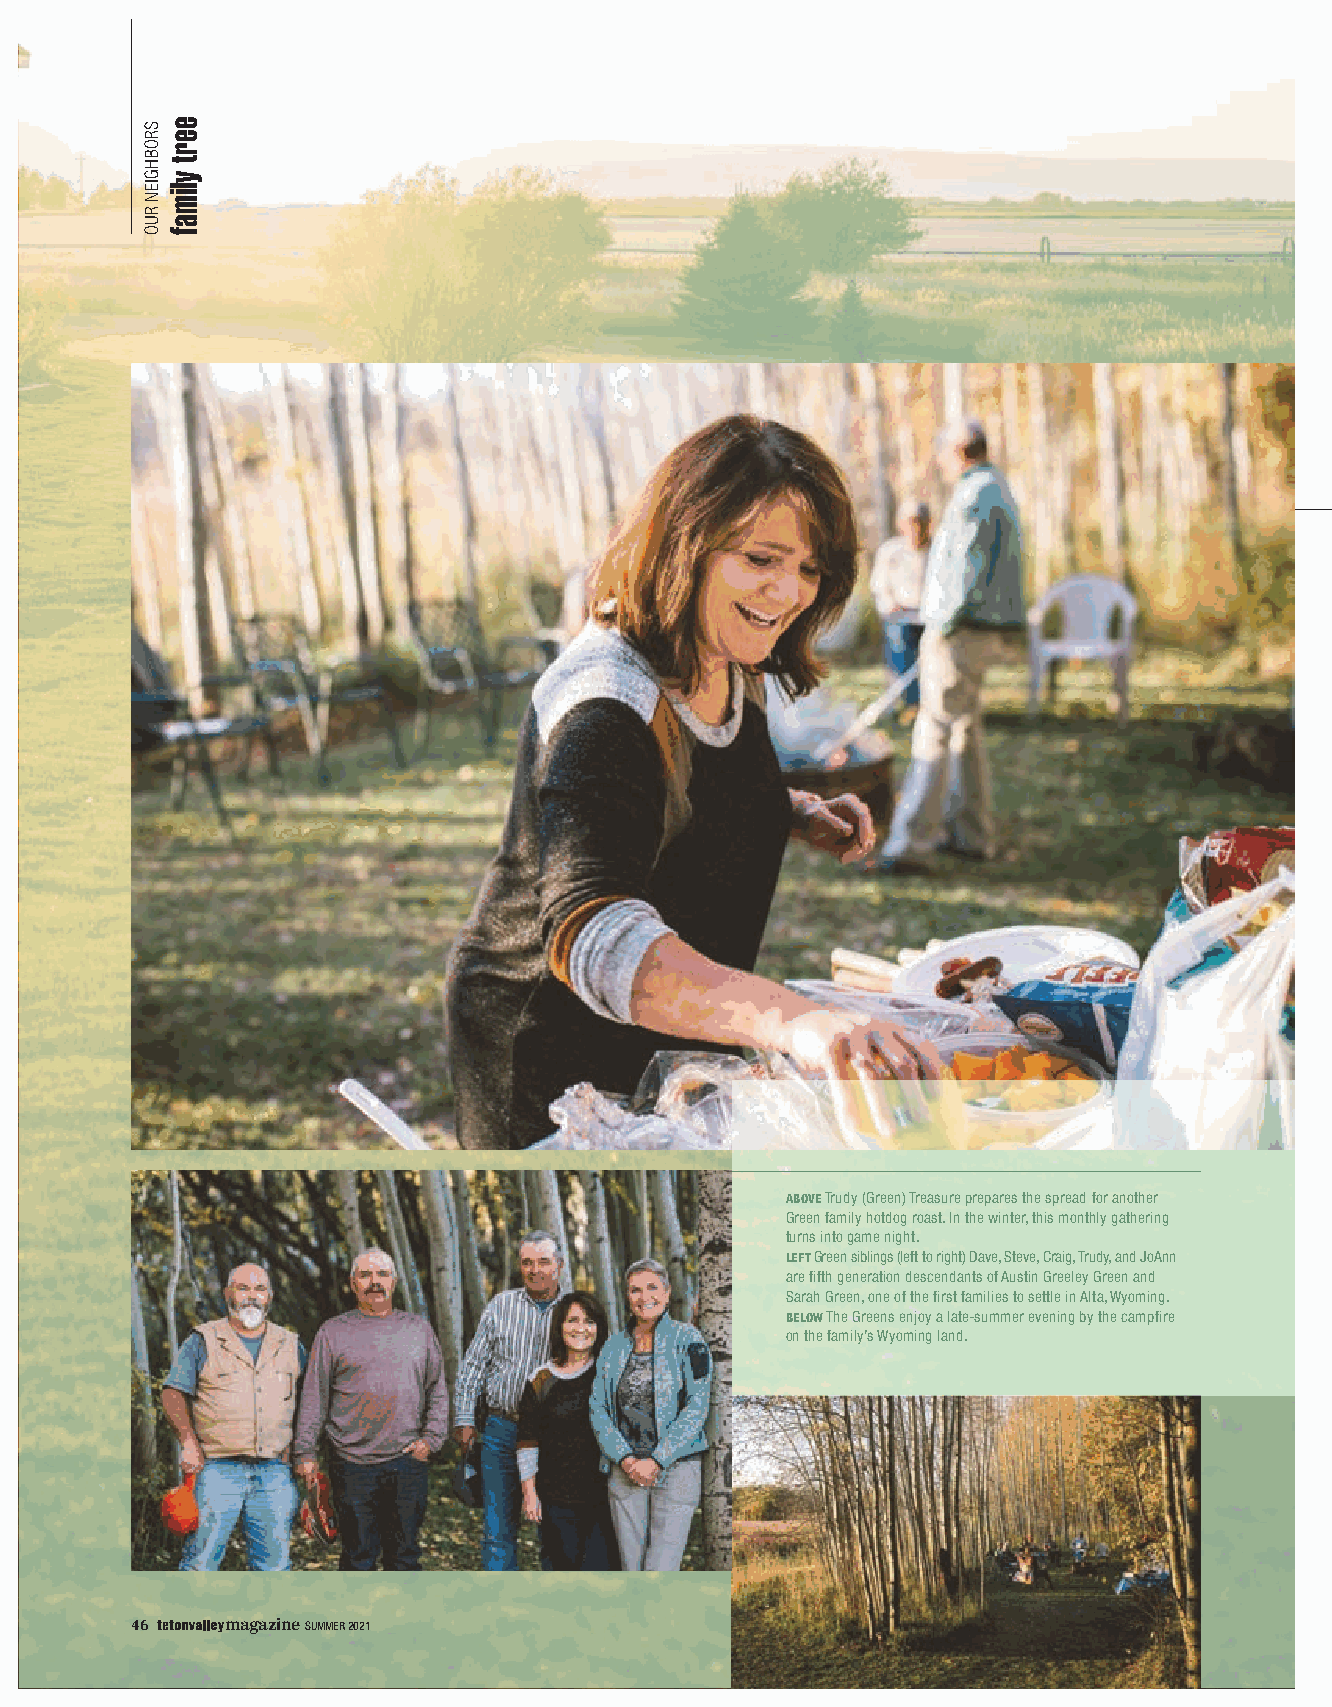
ABOVE Trudy (Green) Treasure prepares the spread for another
 Green family hotdog roast. In the winter, this monthly gathering
 turns into game night.
 LEFT Green siblings (left to right) Dave, Steve, Craig, Trudy, and JoAnn
 are fifth generation descendants of Austin Greeley Green and
 Sarah Green, one of the first families to settle in Alta, Wyoming.
 BELOW The Greens enjoy a late-summer evening by the campfire
 on the family’s Wyoming land.
 46    magazine SUMMER 2021
 SROBHGIEN
 RUO
 eert
 ylimaf